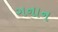
ગનાન